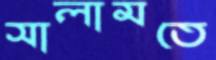
সালামতে